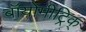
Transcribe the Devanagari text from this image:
बॉयोमीट्रिक्